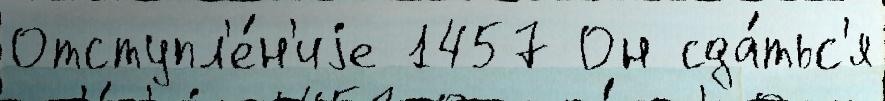
Отступл'е́н'иjе 1457 Он сда́тьс'я